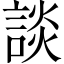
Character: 談